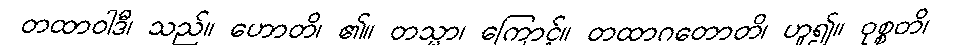
တထာဝါဒီ၊ သည်။ ဟောတိ၊ ၏။ တသ္မာ၊ ကြောင့်။ တထာဂတောတိ၊ ဟူ၍။ ဝုစ္စတိ၊